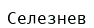
Селезнев